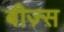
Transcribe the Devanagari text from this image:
बीज़्स